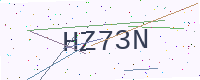
Text: HZ73N